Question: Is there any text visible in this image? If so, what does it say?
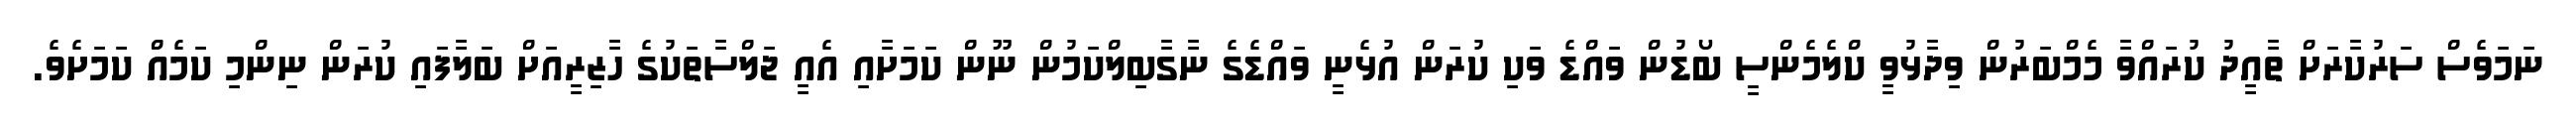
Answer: ނަމަވެސް ސަރުކާރަށް ތާއީދު ކުރައްވާ މެމްބަރުން ވިދާޅުވީ ކްލެމެންސީ ބޯޑުން ވައްޑެ ވަކި ކުރަން އުޅެނީ ވައްޑެގެ ނާގާބިލްކަމުން ނޫން ކަމަށާއި އެއީ ޖަލްސާތަކުގެ ހާޒިރީއަށް ބަލާފައި ކުރަން ނިންމި ކަމެއް ކަމަށެވެ.